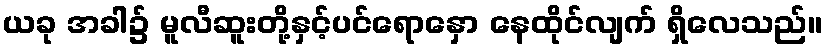
ယခု အခါ၌ မူလီဆူးတို့နှင့်ပင်ရောနှော နေထိုင်လျက် ရှိလေသည်။